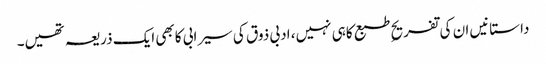
داستانیں ان کی تفریحِ طبع کاہی نہیں، ادبی ذوق کی سیرابی کابھی ایک ذریعہ تھیں۔